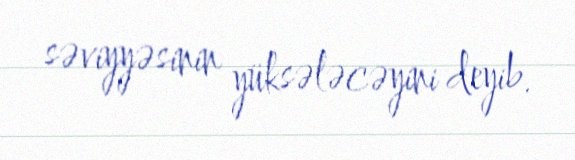
səviyyəsinin yüksələcəyini deyib.